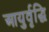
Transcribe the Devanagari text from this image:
आयुर्वृद्धि